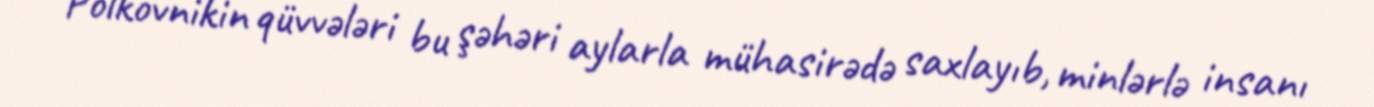
Polkovnikin qüvvələri bu şəhəri aylarla mühasirədə saxlayıb, minlərlə insanı